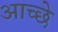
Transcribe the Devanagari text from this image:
आच्छे